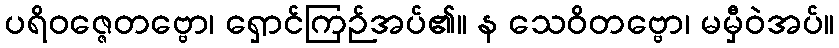
ပရိဝဇ္ဇေတဗ္ဗော၊ ရှောင်ကြဉ်အပ်၏။ န သေဝိတဗ္ဗော၊ မမှီဝဲအပ်။